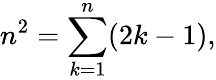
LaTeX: n^{2}=\sum_{k=1}^{n}(2k-1),